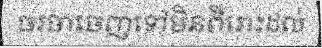
ចរចាចេញទៅមិនពីរោះដល់